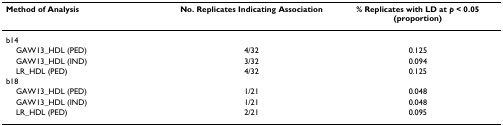
| Method of Analysis | No. Replicates Indicating Association | % Replicates with LD at p < 0.05 (proportion) |
 | --- | --- | --- |
 | b14 |  |  |
 | GAW13_HDL (PED) | 4/32 | 0.125 |
 | GAW13_HDL (IND) | 3/32 | 0.094 |
 | LR_HDL (PED) | 4/32 | 0.125 |
 | b18 |  |  |
 | GAW13_HDL (PED) | 1/21 | 0.048 |
 | GAW13_HDL (IND) | 1/21 | 0.048 |
 | LR_HDL (PED) | 2/21 | 0.095 |